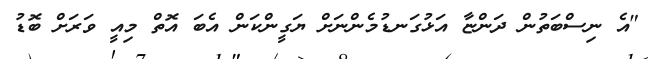
"އެ ނިސްބަތުން ދަންޏާ އަޅުގަނޑުމެންނަށް ޔަގީންކަން އެބަ އޮތް މިއީ ވަރަށް ބޮޑު